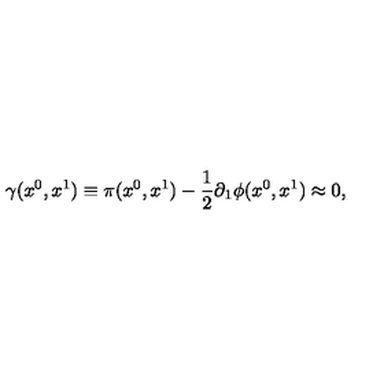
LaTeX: \gamma ( x ^ { 0 } , x ^ { 1 } ) \equiv \pi ( x ^ { 0 } , x ^ { 1 } ) - \frac { 1 } { 2 } \partial _ { 1 } \phi ( x ^ { 0 } , x ^ { 1 } ) \approx 0 ,